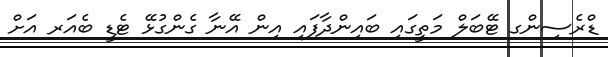
ޑްރެސިންގ ޓޭބަލް މަތީގައި ބައިންދާފައި އިން އޭނާ ގެންގުޅޭ ޓެޑީ ބެއަރ އަށް